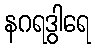
နဂရဒွါရေ